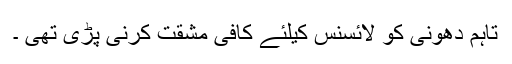
تاہم دھونی کو لائسنس کیلئے کافی مشقت کرنی پڑی تھی ۔